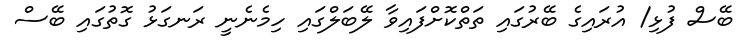
ބޭސް ފުޅި/ އުރައިގެ ބޭރުގައި ތަތްކޮށްފައިވާ ލޭބަލްގައި ހިމެނެނީ ރަނގަޅު ގޮތުގައި ބޭސް